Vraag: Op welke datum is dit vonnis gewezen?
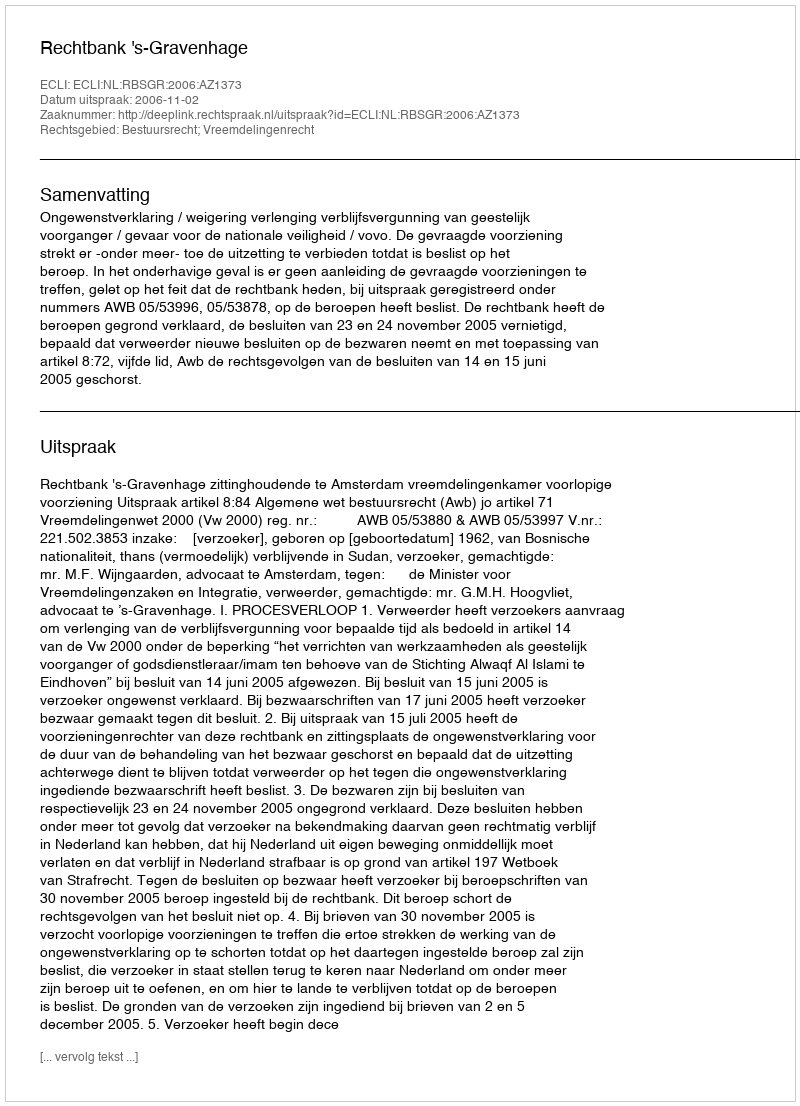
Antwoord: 2006-11-02